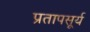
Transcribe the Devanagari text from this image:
प्रतापसूर्य